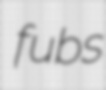
fubs